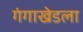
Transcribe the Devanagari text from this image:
गंगाखेडला